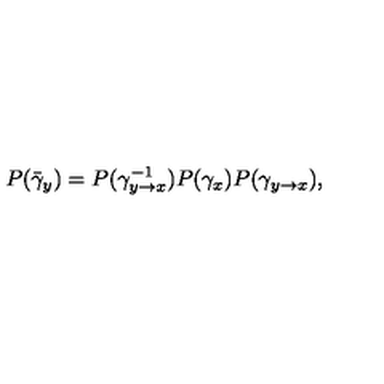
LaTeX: P ( \bar { \gamma } _ { y } ) = P ( \gamma _ { y \rightarrow x } ^ { - 1 } ) P ( \gamma _ { x } ) P ( \gamma _ { y \rightarrow x } ) ,